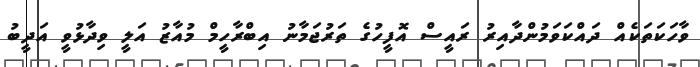
ވާހަކަތަކެއް ދައްކަވަމުންދާއިރު ރައީސް އޮފީހުގެ ތަރުޖަމާނު އިބްރާހީމް މުއާޒު އަލީ ވިދާޅުވީ އަދީބު